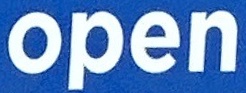
open